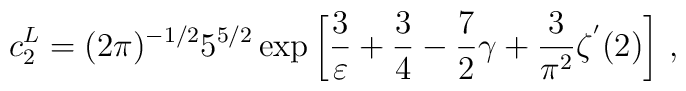
c_2^L=(2\pi)^{-1/2} 5^{5/2} \exp \left[ \frac{3}{\varepsilon}+\frac{3}{4}-\frac{7}{2} \gamma+\frac{3}{\pi^2} \zeta^{'}(2) \right] \, ,